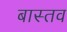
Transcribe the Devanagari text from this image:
बास्तव